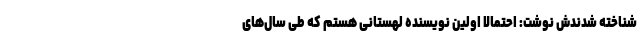
شناخته شدندش نوشت: احتمالا اولین نویسنده لهستانی هستم که طی سال‌های